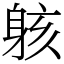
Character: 䠹